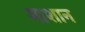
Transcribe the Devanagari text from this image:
माशान